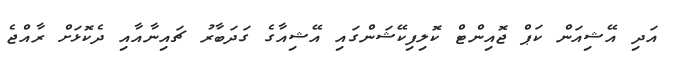
އަދި އޭޝިއަން ކަޕް ޖޮއިންޓް ކޮލިފިކޭޝަންގައި އޭޝިއާގެ ގަދަބާރު ޗައިނާއާއި ދެކޮޅަށް ރާއްޖެ